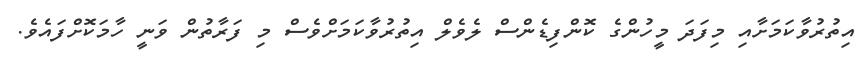
އިތުރުވާކަމަށާއި މިފަދަ މީހުންގެ ކޮންފިޑެންސް ލެވެލް އިތުރުވާކަމަށްވެސް މި ފަރާތުން ވަނީ ހާމަކޮށްފައެވެ.